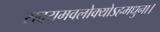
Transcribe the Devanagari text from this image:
सदयमवलोक्योऽहमधुना।